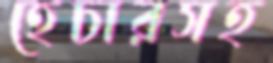
হেচারসহ